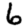
Digit: 6